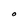
Character: O